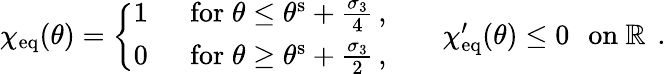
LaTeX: \begin{array}{r}{\chi_{\mathrm{eq}}(\theta)=\left\{ \begin{array}{ll}{1}&{\, \, \, \mathrm{for}\; \theta\leq\theta^{\mathrm{s}}+\frac{\sigma_{3}}{4}\, ,}\\ {0}&{\, \, \, \mathrm{for}\; \theta\geq\theta^{\mathrm{s}}+\frac{\sigma_{3}}{2}\, ,}\end{array}\right.\qquad\chi_{\mathrm{eq}}^{\prime}(\theta)\leq 0\, \, \, \, \mathrm{on~\mathbb{R}~}\, .}\end{array}